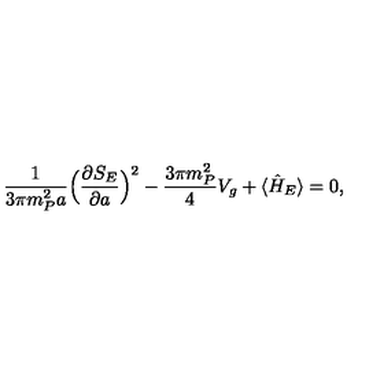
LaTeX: \frac { 1 } { 3 \pi m _ { P } ^ { 2 } a } \Bigl ( \frac { \partial S _ { E } } { \partial a } \Bigr ) ^ { 2 } - \frac { 3 \pi m _ { P } ^ { 2 } } { 4 } V _ { g } + \langle \hat { H } _ { E } \rangle = 0 ,